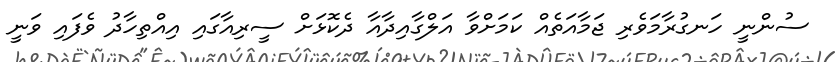
ސުންނީ ހަނގުރާމަވެރި ޖަމާއަތެއް ކަމަށްވާ އަލްގާއިދާއާ ދެކޮޅަށް ސީރިއާގައި އިއްތިހާދު ވެފައި ވަނީ